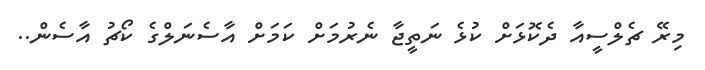
މިރޭ ޗެލްސީއާ ދެކޮޅަށް ކުޅެ ނަތީޖާ ނެރުމަށް ކަމަށް އާސެނަލްގެ ކޯޗު އާސެން..